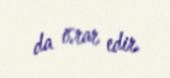
da israr edir.